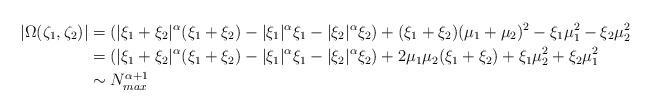
LaTeX: \begin{align*} |\Omega(\zeta_1,\zeta_2)| &= (|\xi_1+\xi_2|^\alpha(\xi_1+\xi_2) - |\xi_1|^\alpha\xi_1 - |\xi_2|^\alpha\xi_2) + (\xi_1+\xi_2)(\mu_1+\mu_2)^2 - \xi_1\mu_1^2 - \xi_2\mu_2^2 \\ &= (|\xi_1+\xi_2|^\alpha(\xi_1+\xi_2) - |\xi_1|^\alpha\xi_1 - |\xi_2|^\alpha\xi_2) + 2\mu_1\mu_2 (\xi_1+\xi_2) + \xi_1\mu_2^2+\xi_2\mu_1^2 \\ &\sim N_{max}^{\alpha+1} \end{align*}